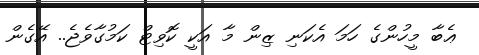
ޢެބާ މީހުންގެ ހަމަ އެކަނި ޒިން މާ އަކީ ކޮވިޓް ކަމުގާވެޖެ.. އޭގެން